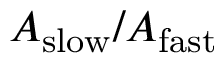
A _ { \mathrm { s l o w } } / A _ { \mathrm { f a s t } }